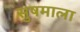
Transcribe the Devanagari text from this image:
सु़षमाला